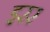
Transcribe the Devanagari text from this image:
इरर